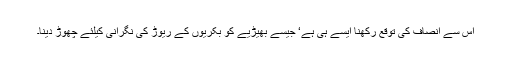
اس سے انصاف کی توقع رکھنا ایسے ہی ہے‘ جیسے بھیڑیے کو بکریوں کے ریوڑ کی نگرانی کیلئے چھوڑ دینا۔